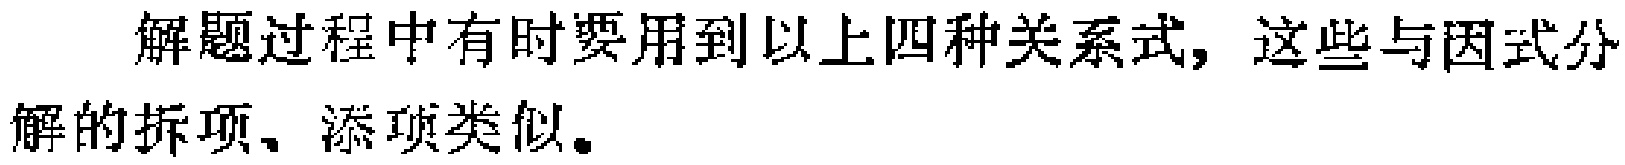
解题过程中有时要用到以上四种关系式, 这些与因式分解的拆项、添项类似。